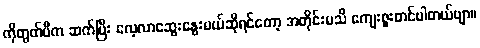
ကိုတွတ်ပီက ဆက်ပြီး လေ့လာဆွေးနွေးမယ်ဆိုရင်တော့ အတိုင်းမသိ ကျေးဇူးတင်ပါတယ်ဗျာ။